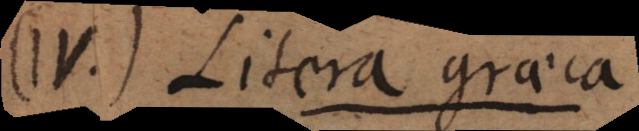
II. Litera graeca